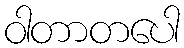
ဝါတာတပေါ